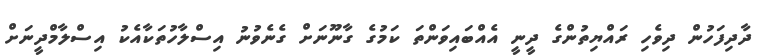
ދާދިފަހުން ދިވެހި ރައްޔިތުންގެ ދީނީ އެއްބައިވަންތަ ކަމުގެ ގާނޫނަށް ގެނެވުނު އިސްލާހުތަކާއެކު އިސްލާމްދީނަށް